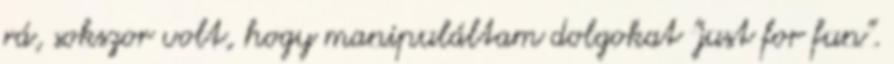
rá, sokszor volt, hogy manipuláltam dolgokat "just for fun".